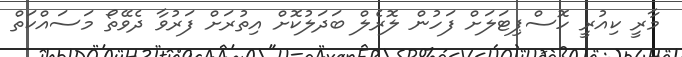
މާރީ ކިއުރީ ހޮސްޕިޓަލަށް ފަހުން ލޮރެލް ބަދަލުކޮށް އިތުރަށް ފަރުވާ ދެވޭތޯ މަސައްކަތް